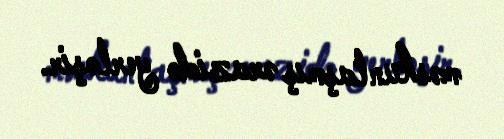
məskunlaşmış ərazidə yerləşir.